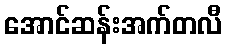
အောင်ဆန်းအက်တလီ